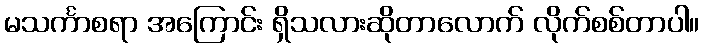
မသင်္ကာစရာ အကြောင်း ရှိသလားဆိုတာလောက် လိုက်စစ်တာပါ။